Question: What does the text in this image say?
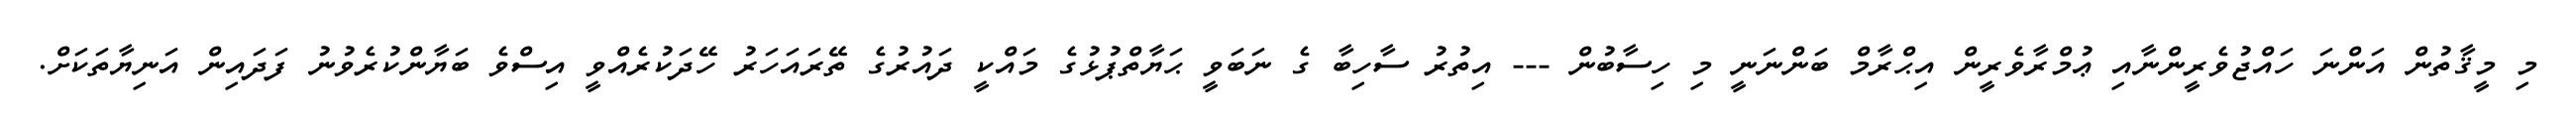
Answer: މި މީޤާތުން އަންނަ ހައްޖުވެރީންނާއި ޢުމްރާވެރީން އިޙްރާމް ބަންނަނީ މި ހިސާބުން --- އިތުރު ސާހިބާ ގެ ނަބަވީ ޙަޔާތްޕުޅުގެ މައްކީ ދައުރުގެ ތޭރައަހަރު ހޭދަކުރެއްވީ އިސްވެ ބަޔާންކުރެވުނު ފަދައިން އަނިޔާތަކަށް.